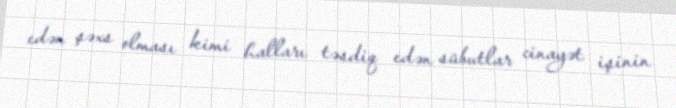
edən şəxs olması kimi halları təsdiq edən sübutlar cinayət işinin